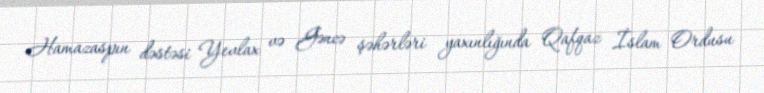
Hamazaspın dəstəsi Yevlax və Gəncə şəhərləri yaxınlığında Qafqaz İslam Ordusu